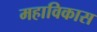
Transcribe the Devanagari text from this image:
महाविकास